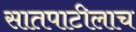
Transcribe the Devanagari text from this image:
सातपाटीलाच